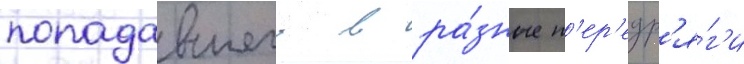
попадавшего в ра́зные п'ер'едр'я́г'и